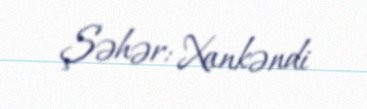
Şəhər: Xankəndi